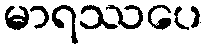
မာရဿပေ